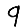
Digit: 9